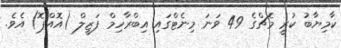
ކާމިޔާބު ކުރީ މެޗްގެ 49 ވަނަ މިނެޓްގައި އިބްރާހިމް ފަޒީލް (އޮއްޕޮ) އެވެ.